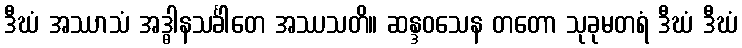
ဒီဃံ အဿာသံ အဒ္ဓါနသင်္ခါတေ အဿသတိ။ ဆန္ဒဝသေန တတော သုခုမတရံ ဒီဃံ ဒီဃံ